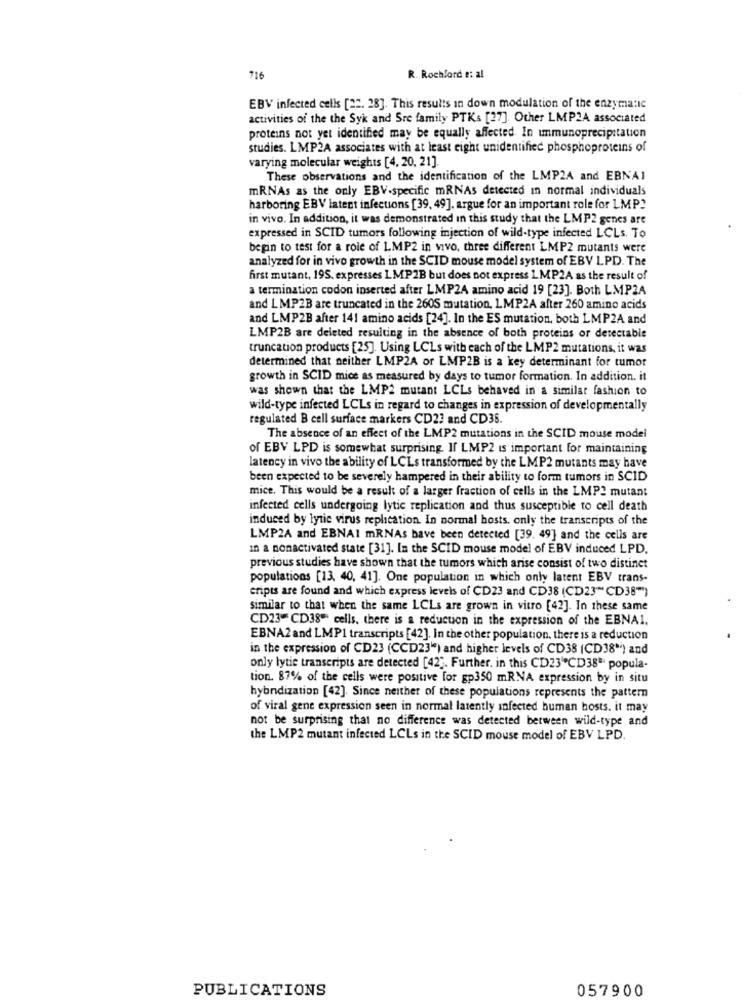
716
R. Rochford e: al
EBV infected cells [22. 28]. This results in down modulation of the enzymatic
activities of the the Syk and Sre family PTKs [27]. Other LMP2A associated
proteins not yet identified may be equally affected. In immunoprecipitation
studies. LMP2A associates with at least eight unidentified phosphoproteins of
varying molecular weights [4, 20, 21]
These observations and the identification of the LMP2A and EBNAI
mRNAs as the only EBV-specific mRNAs detected in normal individuals
harboring EBV latent infections [39, 49], argue for an important role for LMP2
in vivo. In addition, it was demonstrated in this study that the LMP2 genes are
expressed in SCID tumors following injection of wild-type infected LCLs. To
begin to test for a role of LMP2 in vivo, three different LMP2 mutants were
analyzed for in vivo growth in the SCID mouse model system of EBV LPD. The
first mutant, 195, expresses LMP2B but does not express LMP2A as the result of
a termination codon inserted after LMP24 amino acid 19 [23]. Both LMP2A
and LMP2B are truncated in the 260S mutation, LMP2A after 260 amino acids
and LMP2B after 141 amino acids [24]. In the ES mutation, both LMP2A and
LMP2B are deleted resulting in the absence of both proteins or detectable
truncation products [25]. Using LCLs with each of the LMP2 mutations, it was
determined that neither LMP2A or LMP2B is a key determinant for tumor
growth in SCID mice as measured by days to tumor formation. In addition. it
was shown that the LMP2 mutant LCLs behaved in a similar fashion to
wild-type infected LCLs in regard to changes in expression of developmentally
regulated B cell surface markers CD27 and CD35.
The absence of an effect of the LMP2 mutations in the SCID mouse model
of EBV LPD is somewhat surprising. If LMP2 is important for maintaining
latency in vivo the ability of LCLs transformed by the LMP2 mutants may have
been expected to be severely hampered in their ability to form tumors in SCID
mice. This would be a result of a larger fraction of cells in the LMP2 mutant
infected cells undergoing lytic replication and thus susceptible to cell death
induced by lytic virus replication In normal hosts. only the transcripts of the
LMP2A and EBNAI mRNAs bave been detected [39. 49] and the cells are
In a nonactivated state [31]. In the SCID mouse model of EBV induced LPD.
previous studies have shown that the tumors which arise consist of two distinct
populations [13, 40, 41]. One population in which only latent EBV trans-
cripts are found and which express levels of CD23 and CD38 (CD23" CD38"*)
similar to that when the same LCLs are grown in vitro [42]. In these same
CD23- CD38" cells, there is a reduction in the expression of the EBNA1.
EBNA2 and LMPI transcripts [42]. In the other population, there is a reduction
in the expression of CD23 (CCD23") and higher levels of CD38 (CD38'') and
only lytic transcripts are detected [42". Further. in this CD23"CD38ª popula-
tion. 87% of the cells were positive for gp350 mRNA expression by in situ
hybndization [42]. Since neither of these populations represents the pattern
of viral gene expression seen in normal latently infected human hosts. it may
not be surprising that no difference was detected between wild-type and
the LMP2 mutant infected LCLs in the SCID mouse model of EBV LPD.
PUBLICATIONS
057900